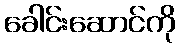
ခေါင်းဆောင်ကို